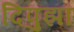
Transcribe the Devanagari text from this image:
दिपुझा